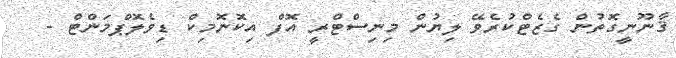
ޤާނޫނީގޮތުން ގެޒެޓްކުރެވޭ ލިޔުން މިނިސްޓްރީ އޮފް އިކޮނޮމިކް ޑިވެލޮޕްމަންޓް -